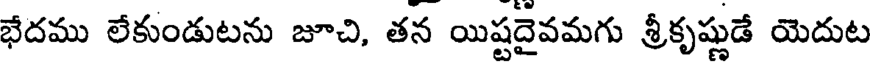
భేదము లేకుండుటను జూచి, తన యిష్టదైవమగు శ్రీకృష్ణుడే యెదుట